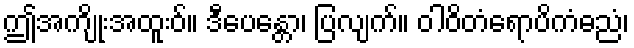
ဤအကျိုးအထူးဝ်။ ဒီပေန္တော၊ ပြလျက်။ ဝါဝိတံရောပိကံဓညံ၊